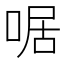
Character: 啹